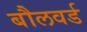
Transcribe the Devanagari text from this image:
बौलवर्ड